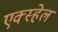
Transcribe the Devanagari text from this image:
एक्स्हेल